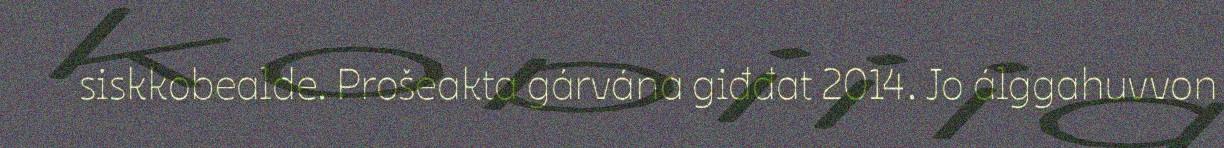
siskkobealde. Prošeakta gárvána giđđat 2014. Jo álggahuvvon